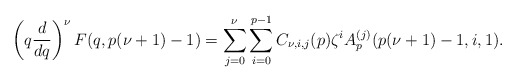
\begin{align*}\left(q\frac{d}{dq}\right)^\nu F(q,p(\nu+1)-1) = \sum_{j=0}^\nu \sum_{i=0}^{p-1} C_{\nu, i, j}(p)\zeta^iA_p^{(j)}(p(\nu +1)-1,i,1).\end{align*}